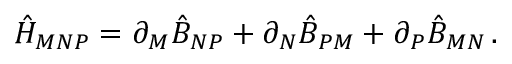
\hat { H } _ { M N P } = \partial _ { M } \hat { B } _ { N P } + \partial _ { N } \hat { B } _ { P M } + \partial _ { P } \hat { B } _ { M N } \, .